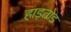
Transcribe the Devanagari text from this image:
हाड़तोड